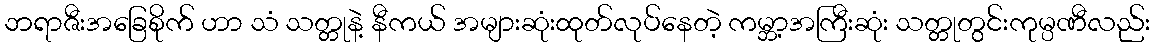
ဘရာဇီးအခြေစိုက် ဟာ သံ သတ္တုနဲ့ နီကယ် အများဆုံးထုတ်လုပ်နေတဲ့ ကမ္ဘာ့အကြီးဆုံး သတ္တုတွင်းကုမ္ပဏီလည်း